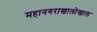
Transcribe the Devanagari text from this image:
महानगराखालोखाल